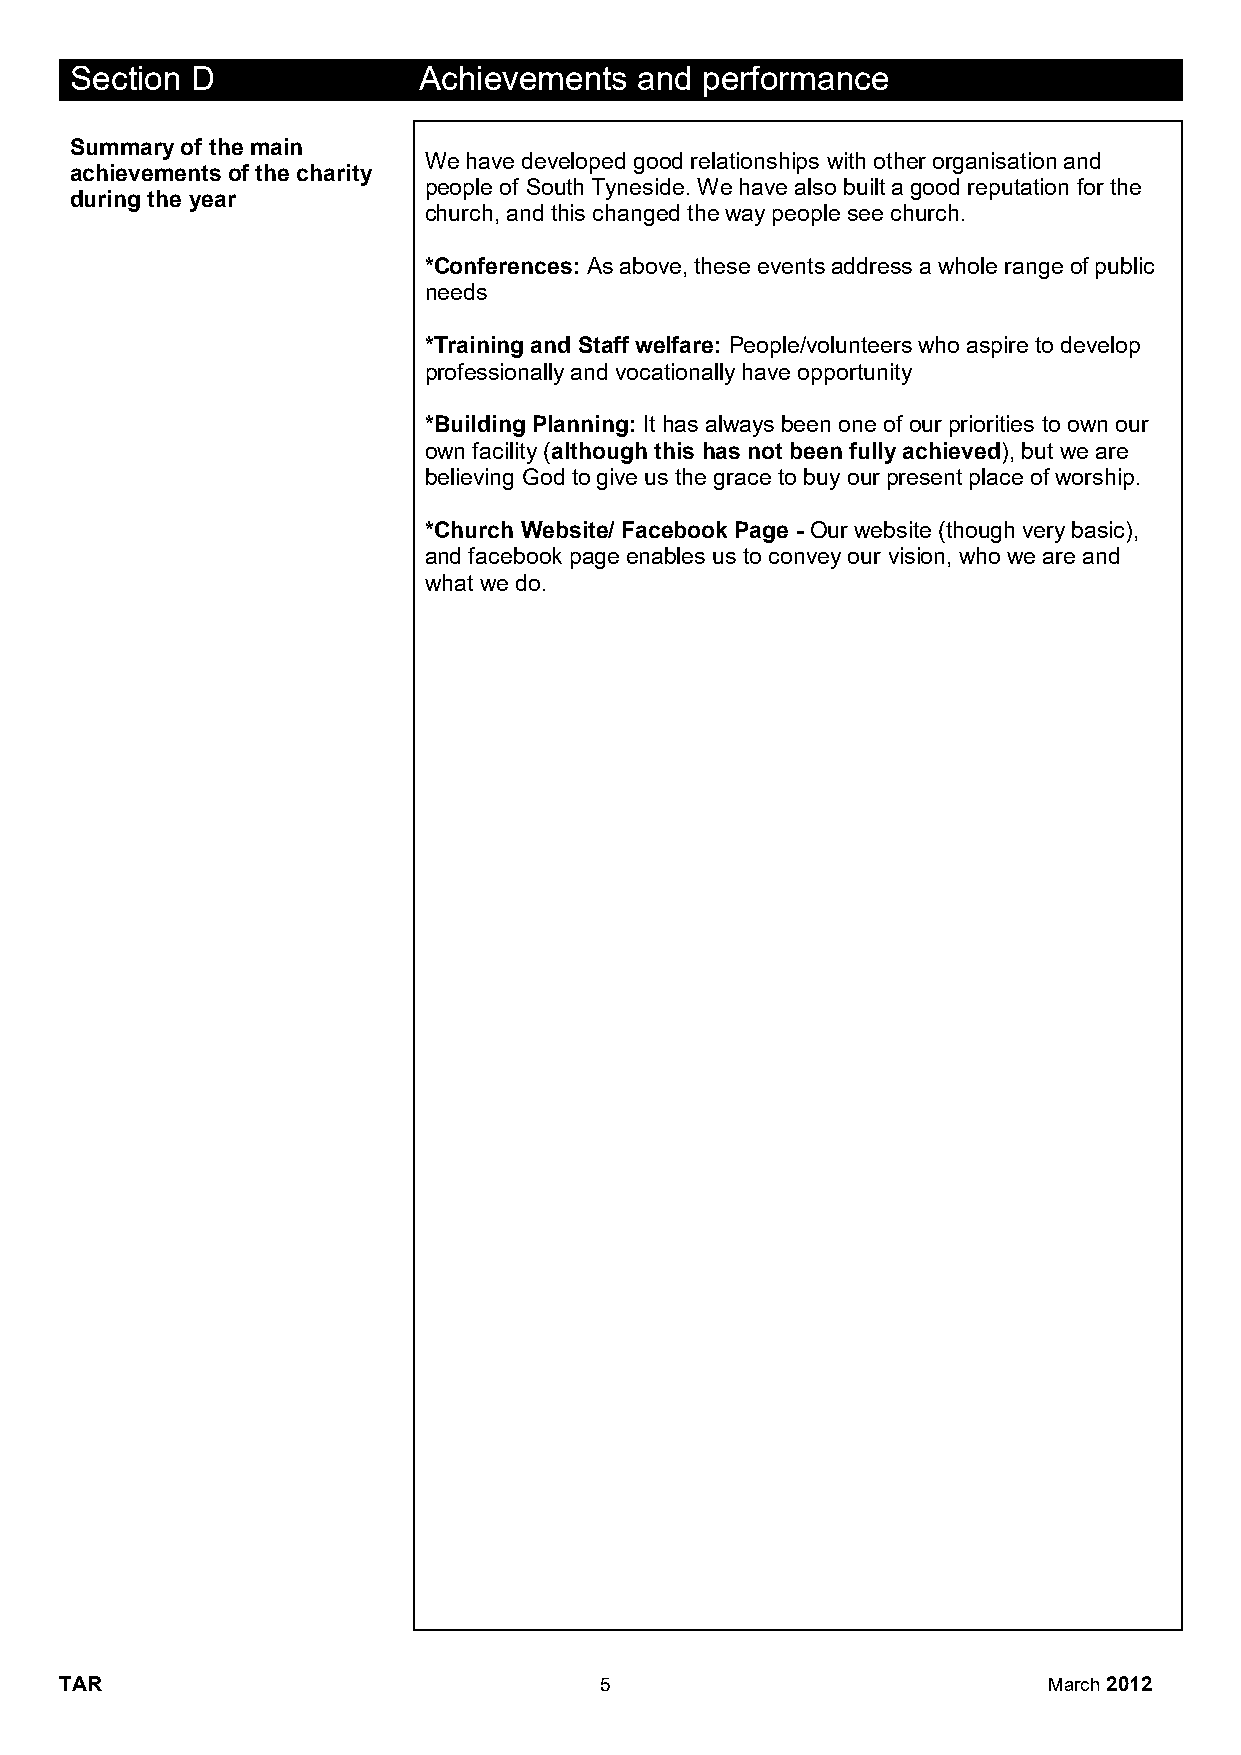
Section D              Achievements  and performance
 Summary of the main
 We have developed good relationships with other organisation and
 achievements of the charity
 people of South Tyneside. We have also built a good reputation for the
 during the year
 church, and this changed the way people see church.
 *Conferences: As above, these events address a whole range of public
 needs
 *Training and Staff welfare: People/volunteers who aspire to develop
 professionally and vocationally have opportunity
 *Building Planning: It has always been one of our priorities to own our
 own facility (although this has not been fully achieved), but we are
 believing God to give us the grace to buy our present place of worship.
 *Church Website/ Facebook Page - Our website (though very basic),
 and facebook page enables us to convey our vision, who we are and
 what we do.
 TAR                                 5                            March 2012